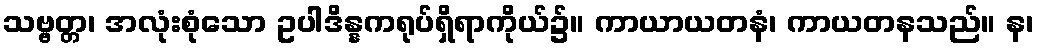
သဗ္ဗတ္တ၊ အလုံးစုံသော ဥပါဒိန္နကရုပ်ရှိရာကိုယ်၌။ ကာယာယတနံ၊ ကာယတနသည်။ န၊